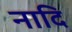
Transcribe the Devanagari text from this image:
नादि